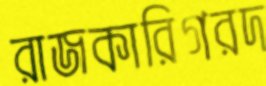
রাজকারিগরদ